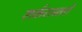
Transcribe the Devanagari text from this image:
शर्करास्तरों